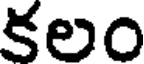
కలం